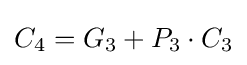
C_{4}=G_{3}+P_{3}\cdot C_{3}